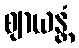
ဈာယန္တံ